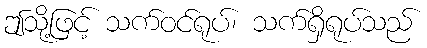
ဤသို့ဖြင့် သက်ဝင်ရုပ်၊ သက်ရှိရုပ်သည်